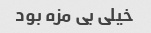
خیلی بی مزه بود